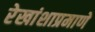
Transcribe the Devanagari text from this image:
रेखांशाप्रमाणे